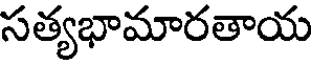
సత్యభామారతాయ